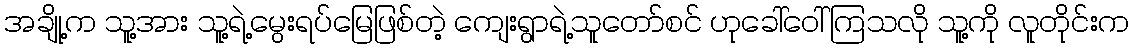
အချို့က သူ့အား သူ့ရဲ့မွေးရပ်မြေဖြစ်တဲ့ ကျေးရွာရဲ့သူတော်စင် ဟုခေါ်ဝေါ်ကြသလို သူ့ကို လူတိုင်းက